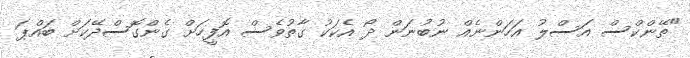
"ތޭންކްސް އަސްލު އަހަންނެއް ނުބުނަން ދޯ އެކަކު ގާތުވެސް އޮފީހަށް ގެންގޮސްދޭކަށް ބައްޕަ